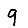
Digit: 9